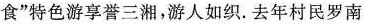
食”特色游享誉三湘，游人如织. 去年村民罗南